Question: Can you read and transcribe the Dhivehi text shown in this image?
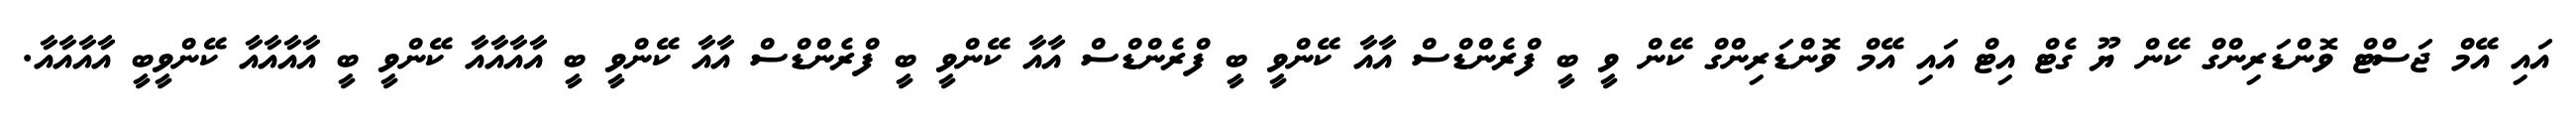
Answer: އައި އޭމް ޖަސްޓް ވޮންޑަރިންގް ކޭން ޔޫ ގެޓް އިޓް އައި އޭމް ވޮންޑަރިންގް ކޭން ވީ ބީ ފްރެންޑްސް އާއާ ކޭންވީ ބީ ފްރެންޑްސް އާއާ ކޭންވީ ބީ ފްރެންޑްސް އާއާ ކޭންވީ ބީ އާއާއާއާ ކޭންވީ ބީ އާއާއާއާ ކޭންވީބީ އާއާއާއާ.